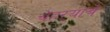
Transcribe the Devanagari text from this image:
चेहऱ्याचे